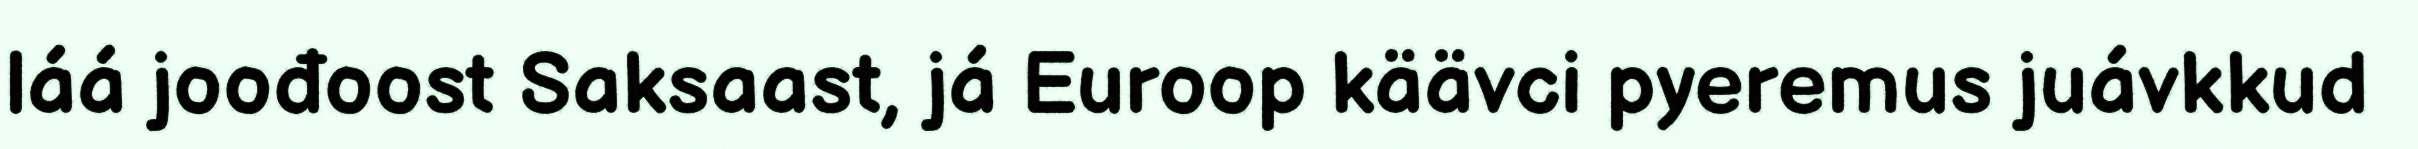
láá joođoost Saksaast, já Euroop käävci pyeremus juávkkud